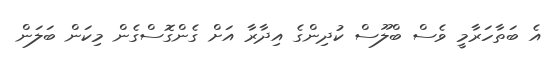
އެ ބަތާހަރާމީ ވެސް ބްލޫސް ކުދިންގެ އިދާރާ އަށް ގެންގޮސްގެން މިކަން ބަލަން